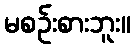
မစဉ်းစားဘူး။